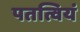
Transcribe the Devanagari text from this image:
पतत्वियं